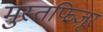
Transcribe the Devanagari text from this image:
मुस्तफिजूर